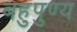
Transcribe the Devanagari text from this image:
बहुपुण्य